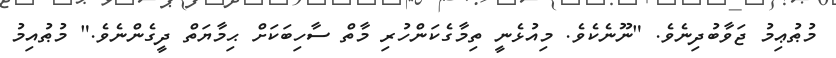
މުޠުޢިމު ޖަވާބުދިނެވެ. "ނޫނެކެވެ. މިއުޅެނީ ތިމާގެކަންހުރި މާތް ސާހިބަކަށް ޙިމާޔަތް ދީގެންނެވެ." މުޠުއިމު